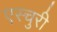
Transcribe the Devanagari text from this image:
एस्चुरी